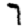
Digit: 7